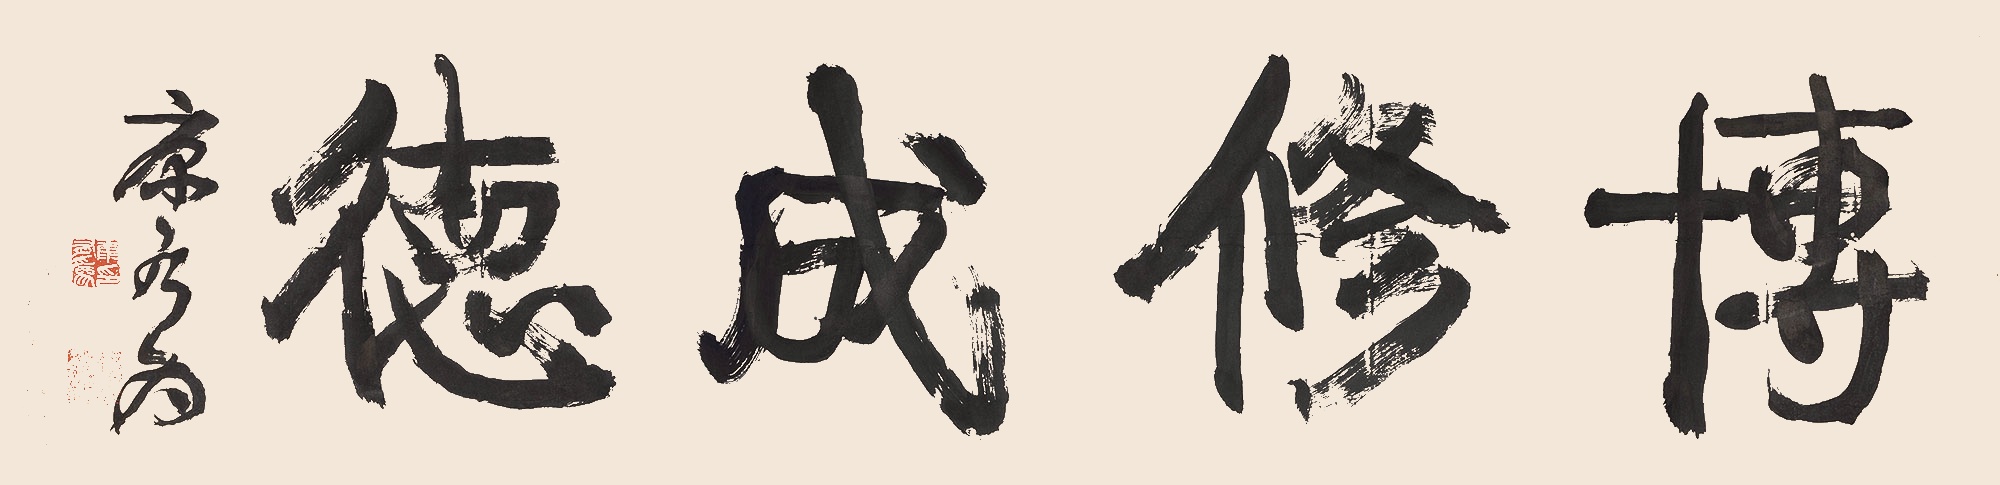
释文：博修成德康有为。